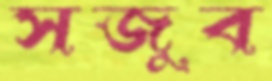
সজুব